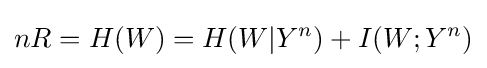
nR=H(W)=H(W|Y^{n})+I(W;Y^{n})